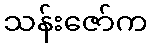
သန်းဇော်က